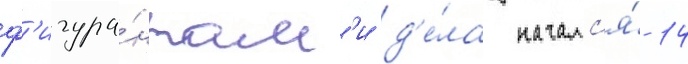
ф'игура́нтам'и д'е́ла началс'я́ 14